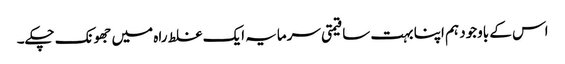
اس کے باوجود ہم اپنا بہت سا قیمتی سرمایہ ایک غلط راہ میں جھونک چکے۔